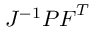
J ^ { - 1 } { \boldsymbol { P } } { \boldsymbol { F } } ^ { T }